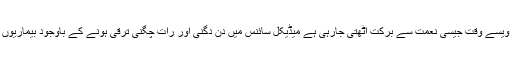
جیسے جیسے سہولتیں بڑھ رہی ہیں ویسے ویسے وقت جیسی نعمت سے برکت اٹھتی جارہی ہے میڈیکل سائنس میں دن دگنی اور رات چگنی ترقی ہونے کے باوجود بیماریوں میں بھی اسی رفتار سے اضافہ ہو رہا ہے۔